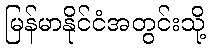
မြန်မာနိုင်ငံအတွင်းသို့